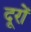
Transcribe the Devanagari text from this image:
दूरों